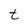
Character: t